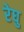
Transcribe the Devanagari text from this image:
रेघु